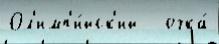
Ол'имп'и́йск'ий   очка́